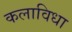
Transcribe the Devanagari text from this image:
कलाविधा